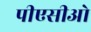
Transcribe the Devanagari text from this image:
पीएसीओ